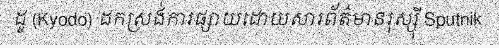
ដូ (Kyodo) ដកស្រង់ការផ្សាយដោយសារព័ត៌មានរុស្ស៊ី Sputnik